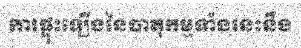
ការផ្ទុះឡើងនៃបាតុកម្មទាំងនេះនឹង